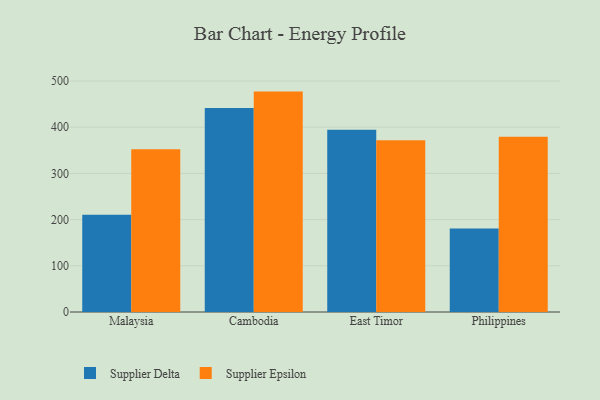
{"axis": {"x": "Country", "y": "Energy Usage (MWh)"}, "legend": ["Supplier Delta", "Supplier Epsilon"], "data": [{"x": "Malaysia", "y": 210.7, "type": "Supplier Delta"}, {"x": "Malaysia", "y": 352.3, "type": "Supplier Epsilon"}, {"x": "Cambodia", "y": 441.8, "type": "Supplier Delta"}, {"x": "Cambodia", "y": 477.1, "type": "Supplier Epsilon"}, {"x": "East Timor", "y": 394.4, "type": "Supplier Delta"}, {"x": "East Timor", "y": 371.7, "type": "Supplier Epsilon"}, {"x": "Philippines", "y": 180.7, "type": "Supplier Delta"}, {"x": "Philippines", "y": 379.2, "type": "Supplier Epsilon"}]}